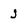
Character: j